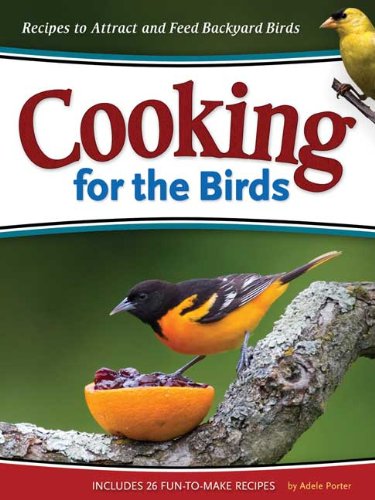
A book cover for Cooking for the Birds: Recipes to Attract and Feed Backyard Birds (Wild about); Adele Porter; Crafts, Hobbies & Home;